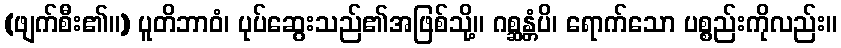
(ဖျက်စီး၏။) ပူတိဘာဝံ၊ ပုပ်ဆွေးသည်၏အဖြစ်သို့။ ဂစ္ဆန္တံပိ၊ ရောက်သော ပစ္စည်းကိုလည်း။